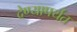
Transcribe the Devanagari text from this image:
देण्यापर्यंत